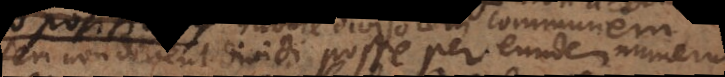
seu non debent dividi posse per eundem numerum.